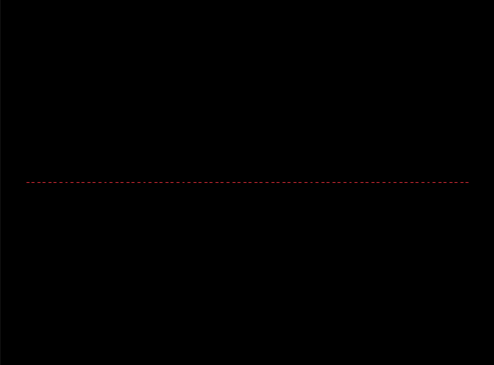
Pattern: unclassified